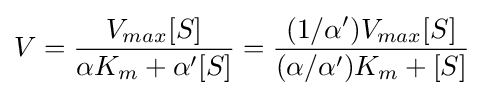
V={\frac {V_{max}[S]}{\alpha K_{m}+\alpha ^{\prime }[S]}}={\frac {(1/\alpha ^{\prime })V_{max}[S]}{(\alpha /\alpha ^{\prime })K_{m}+[S]}}